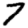
Digit: 7